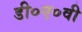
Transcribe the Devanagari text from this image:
डी०ए०वी